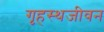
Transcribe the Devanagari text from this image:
गृहस्थजीवन